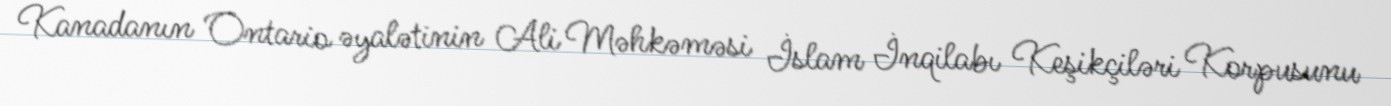
Kanadanın Ontario əyalətinin Ali Məhkəməsi İslam İnqilabı Keşikçiləri Korpusunu